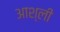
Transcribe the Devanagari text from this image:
आश्ली